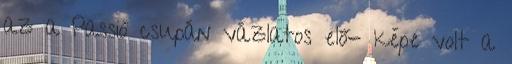
az a Passió csupán vázlatos elő- képe volt a